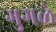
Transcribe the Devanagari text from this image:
गुगळे